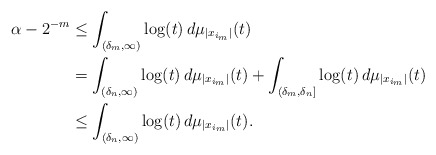
\begin{align*}\alpha-2^{-m}&\leq \int_{(\delta_{m},\infty)}\log(t)\,d\mu_{|x_{i_{m}}|}(t)\\&=\int_{(\delta_{n},\infty)}\log(t)\,d\mu_{|x_{i_{m}}|}(t)+\int_{(\delta_{m},\delta_{n}]}\log(t)\,d\mu_{|x_{i_{m}}|}(t)\\&\leq \int_{(\delta_{n},\infty)}\log(t)\,d\mu_{|x_{i_{m}}|}(t).\end{align*}